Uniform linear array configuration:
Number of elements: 64
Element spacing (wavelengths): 0.5
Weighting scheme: hamming
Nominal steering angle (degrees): -60
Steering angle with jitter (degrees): -61.92
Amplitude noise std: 0.05
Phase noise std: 0.05

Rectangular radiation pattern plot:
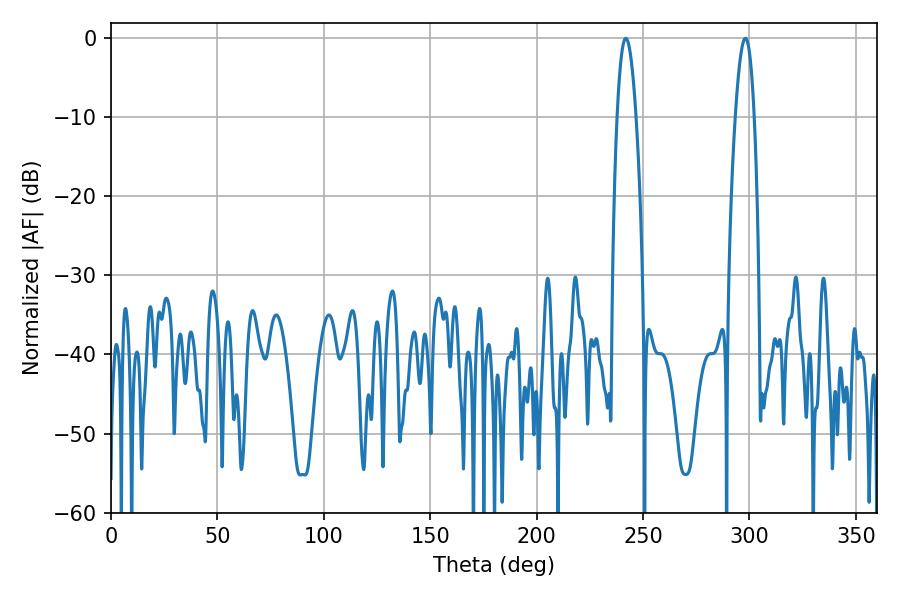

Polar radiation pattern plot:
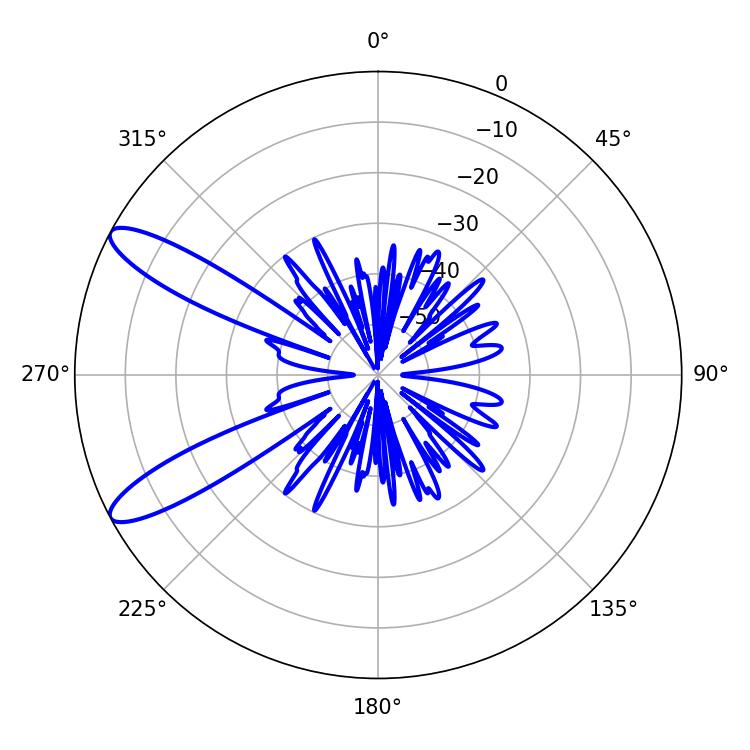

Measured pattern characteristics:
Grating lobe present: FALSE
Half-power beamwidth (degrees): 4.86
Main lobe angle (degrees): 241.92